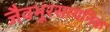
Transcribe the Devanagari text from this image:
जैवभूरसायनिक